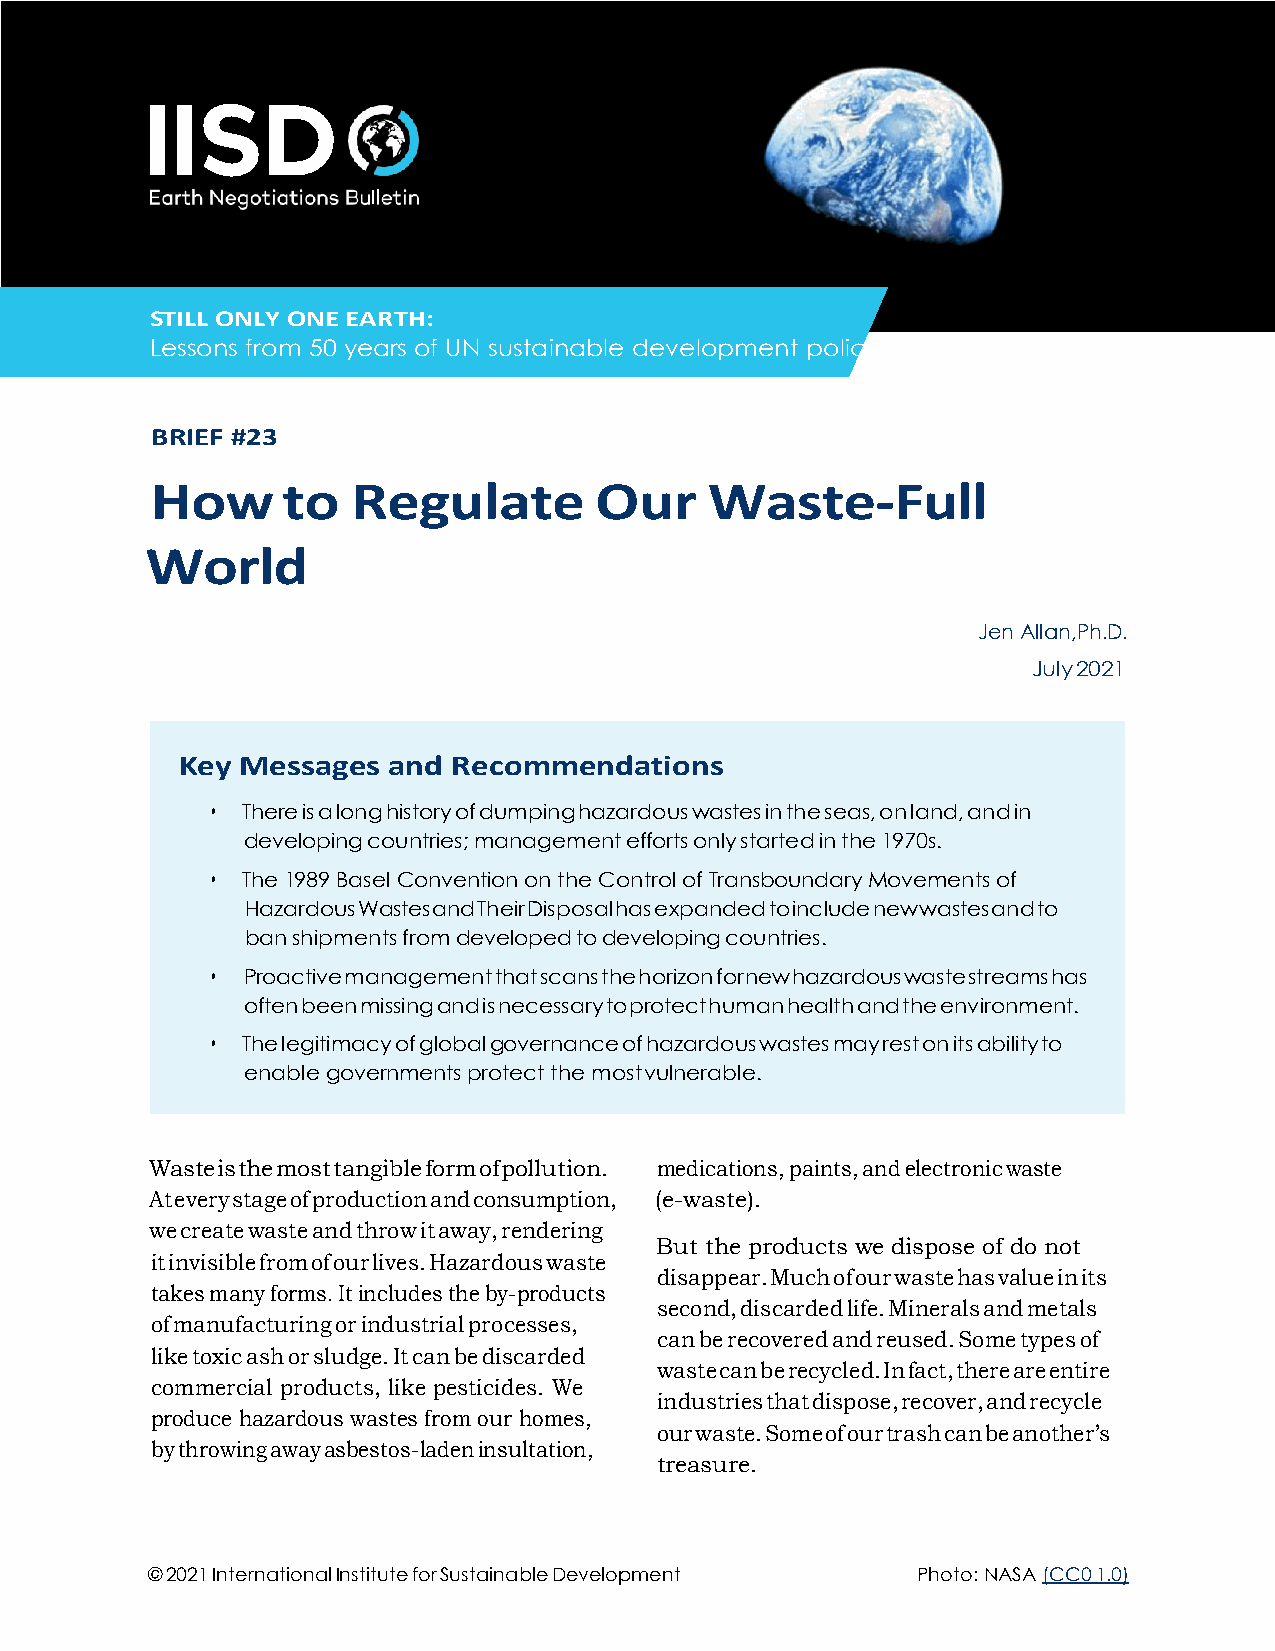
STILL ONLY ONE EARTH:
 Lessons from 50 years of UN sustainable development policy
 BRIEF #23
 How      to  Regulate        Our     Waste-Full
 World
 Jen Allan, Ph.D.
 July 2021
 Key Messages  and Recommendations
 • There is a long history of dumping hazardous wastes in the seas, on land, and in
 developing countries; management efforts only started in the 1970s.
 • The 1989 Basel Convention on the Control of Transboundary Movements of
 Hazardous Wastes and Their Disposal has expanded to include new wastes and to
 ban shipments from developed to developing countries.
 • Proactive management that scans the horizon for new hazardous waste streams has
 often been missing and is necessary to protect human health and the environment.
 • The legitimacy of global governance of hazardous wastes may rest on its ability to
 enable governments protect the most vulnerable.
 Waste is the most tangible form of pollution. medications, paints, and electronic waste
 At every stage of production and consumption, (e-waste).
 we create waste and throw it away, rendering
 But the products we dispose of do not
 it invisible from of our lives. Hazardous waste
 disappear. Much of our waste has value in its
 takes many forms. It includes the by-products
 second, discarded life. Minerals and metals
 of manufacturing or industrial processes,
 can be recovered and reused. Some types of
 like toxic ash or sludge. It can be discarded
 waste can be recycled. In fact, there are entire
 commercial products, like pesticides. We
 industries that dispose, recover, and recycle
 produce hazardous wastes from our homes,
 our waste. Some of our trash can be another’s
 by throwing away asbestos-laden insultation,
 treasure.
 © 2021 International Institute for Sustainable Development Photo: NASA (CC0 1.0)